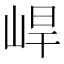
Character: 𡷛